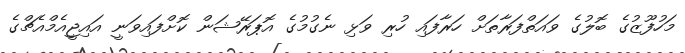
މަހުފޫޒުގެ ބޮލުގެ ވައަތްފަރާތަށް ހަރާފައި ހުރި ވަޅި ނެގުމުގެ އޮޕަރޭޝަން ކޮށްފައިވަނީ އައިޖީއެމްއެޗްގެ